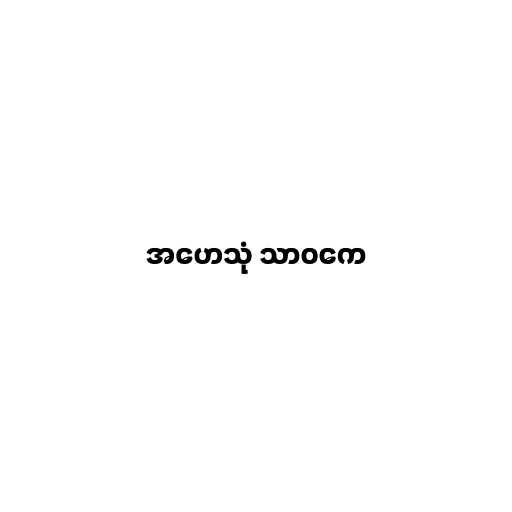
အဟေသုံ သာဝကေ